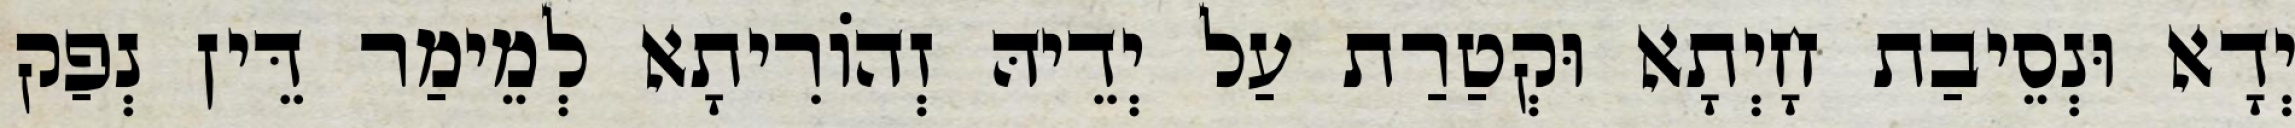
יְדָא וּנְסֵיבַת חָיְתָא וּקְטַרַת עַל יְדֵיהּ זְהוֹרִיתָא לְמֵימַר דֵּין נְפַק